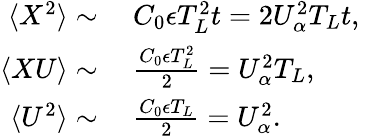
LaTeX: \begin{array}{rl}{\langle X^{2}\rangle\sim}&{\ C_{0}\epsilon T_{L}^{2}t=2U_{\alpha}^{2}T_{L}t,\phantom{\frac{1}{1}}}\\ {\langle XU\rangle\sim}&{\ \frac{C_{0}\epsilon T_{L}^{2}}{2}=U_{\alpha}^{2}T_{L},}\\ {\langle U^{2}\rangle\sim}&{\ \frac{C_{0}\epsilon T_{L}}{2}=U_{\alpha}^{2}.}\end{array}